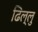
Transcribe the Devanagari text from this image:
ढिल्लु